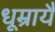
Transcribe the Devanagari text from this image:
धूम्रायै